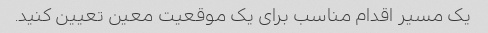
یک مسیر اقدام مناسب برای یک موقعیت معین تعیین کنید.